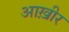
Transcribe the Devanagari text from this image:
आख़ीर